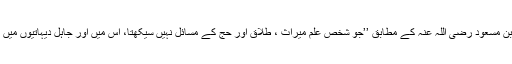
حضرت عبداللہ بن مسعود رضی اللہ عنہ کے مطابق ’’جو شخص علم میراث ، طلاق اور حج کے مسائل نہیں سیکھتا، اس میں اور جاہل دیہاتیوں میں کوئی فرق نہیں ۔